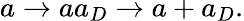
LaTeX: a\rightarrow aa_{D}\rightarrow a+a_{D}.